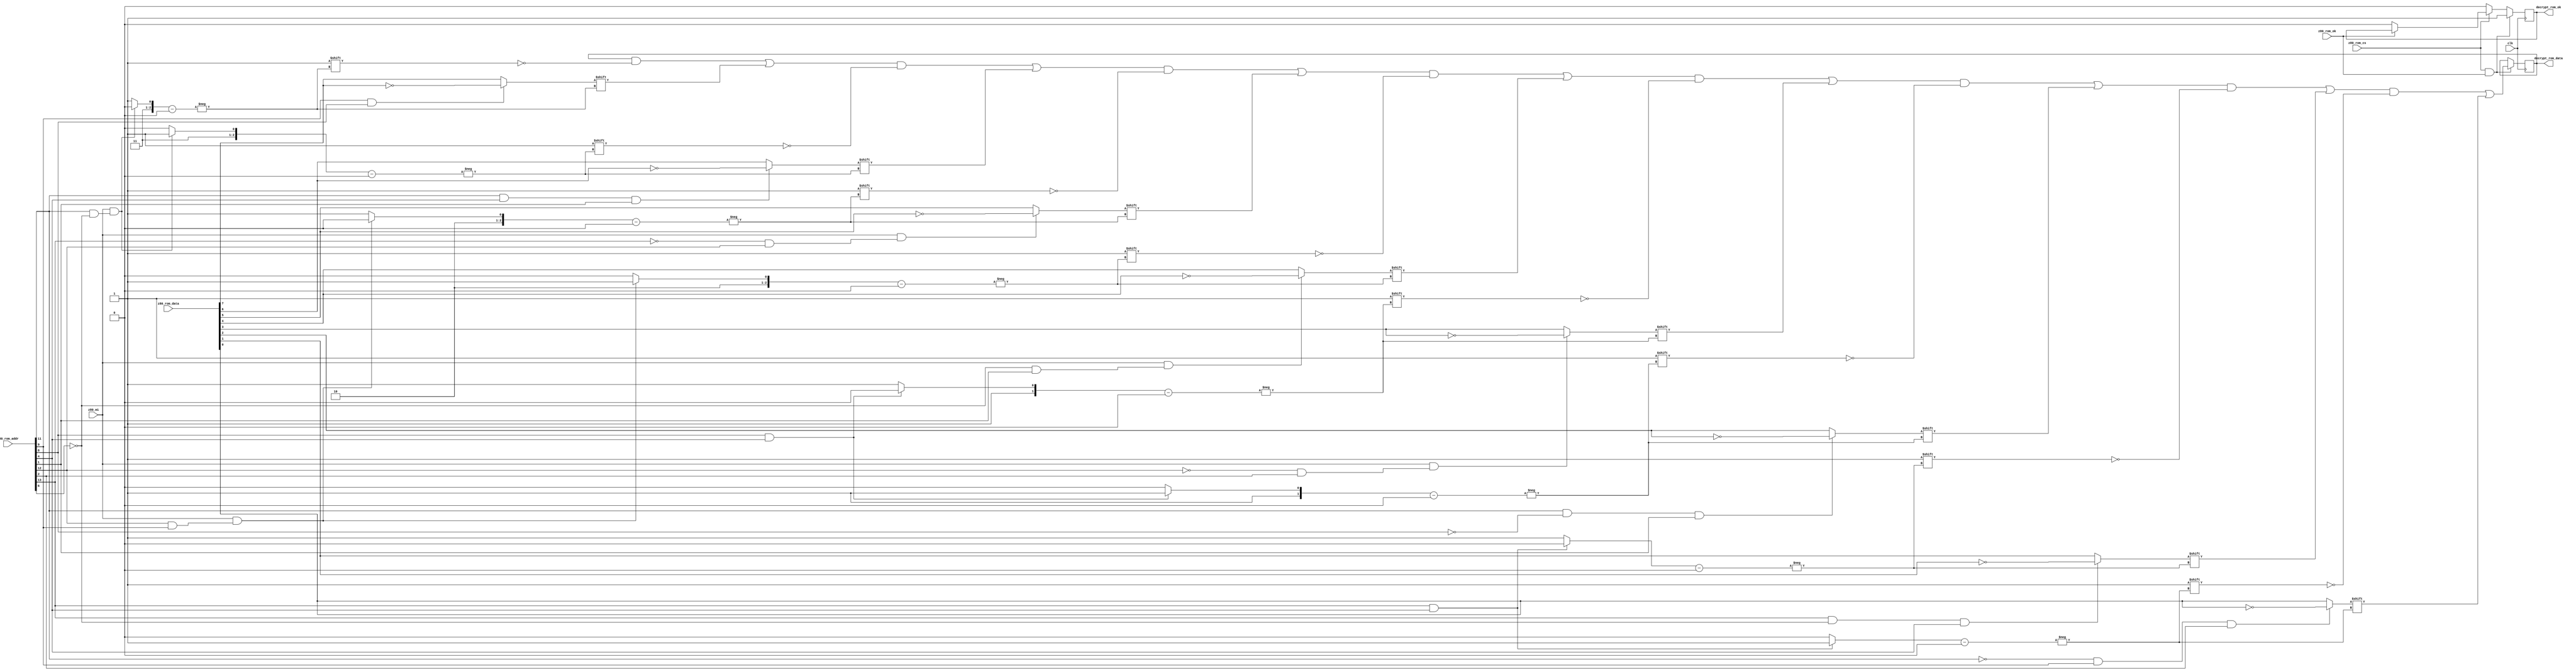
////////// sei80bu  ///////////////////////////////
//
// sei80bu decrypt the z80 encrypted rom
// address is used as key to decrypt for rom data
// decrypt rom opcode if m1 high or data if m1 low
//
module sei80bu(
  input             clk,
  input      [15:0] z80_rom_addr,
  input       [7:0] z80_rom_data,
  input             z80_rom_ok,
  input             z80_rom_cs,

  input             z80_m1,

  output reg  [7:0] decrypt_rom_data,
  output reg        decrypt_rom_ok
);

//assign decrypt_rom_ok = z80_rom_ok;

always @(posedge clk) begin
  if (z80_rom_cs == 1'b1 && z80_rom_ok == 1'b1) begin
    decrypt_rom_data[(z80_m1 == 1'b1 &&(z80_rom_addr[11] & ~z80_rom_addr[6])) ? 6 : 7]
                     <= (z80_rom_addr[9] & z80_rom_addr[8])
                         ? z80_rom_data[7] ^ 1'b1
                         : z80_rom_data[7];

    decrypt_rom_data[(z80_m1 == 1'b1 &&(z80_rom_addr[11] & ~z80_rom_addr[6])) ? 7 : 6]
                     <=(z80_rom_addr[11] & z80_rom_addr[4] & z80_rom_addr[1])
                       ? z80_rom_data[6] ^ 1'b1
                       : z80_rom_data[6];

    decrypt_rom_data[(z80_m1 == 1'b1 &&(z80_rom_addr[12] & z80_rom_addr[9])) ? 4 : 5]
                     <= (z80_m1 == 1'b1 && (~z80_rom_addr[13] & z80_rom_addr[12]))
                           ? z80_rom_data[5] ^ 1'b1
                           : z80_rom_data[5];

    decrypt_rom_data[(z80_m1 == 1'b1 &&(z80_rom_addr[12] & z80_rom_addr[9])) ? 5 : 4]
                     <= (z80_m1 == 1'b1 && (~z80_rom_addr[6] & z80_rom_addr[1]))
                           ? z80_rom_data[4] ^ 1'b1
                           : z80_rom_data[4];


    decrypt_rom_data[z80_rom_addr[8] & z80_rom_addr[4] ? 2 : 3]
                    <= (z80_m1 == 1'b1 &&(~z80_rom_addr[12] & z80_rom_addr[2]))
                           ? z80_rom_data[3] ^ 1'b1
                           : z80_rom_data[3];

    decrypt_rom_data[z80_rom_addr[8] & z80_rom_addr[4] ? 3 : 2]
                     <= (z80_rom_addr[11] & ~z80_rom_addr[8] & z80_rom_addr[1])
                           ? z80_rom_data[2] ^ 1'b1
                           : z80_rom_data[2];


    decrypt_rom_data[(z80_rom_addr[13] & z80_rom_addr[4]) ? 0  : 1]
                     <= (z80_rom_addr[13] & ~z80_rom_addr[6] & z80_rom_addr[4])
                           ? z80_rom_data[1] ^ 1'b1
                           : z80_rom_data[1];

    decrypt_rom_data[(z80_rom_addr[13] & z80_rom_addr[4]) ? 1 : 0]
                    <= (~z80_rom_addr[11] & z80_rom_addr[9] & z80_rom_addr[2])
                           ? z80_rom_data[0] ^ 1'b1
                           : z80_rom_data[0];
    decrypt_rom_ok <= 1;
   end
   else if (z80_rom_cs == 1'b0)
     decrypt_rom_ok <= 1'b0;
   else if (z80_rom_ok == 1'b0)
     decrypt_rom_ok <= 1'b0;
end

endmodule